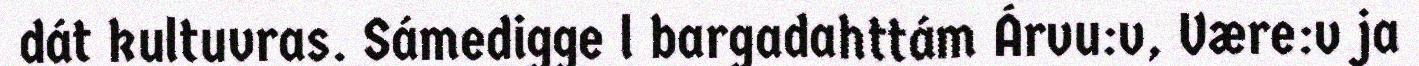
dát kultuvras. Sámedigge l bargadahttám Árvu:v, Være:v ja